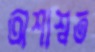
অশাশ্বত